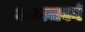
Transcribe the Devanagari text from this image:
आगजवर्ग